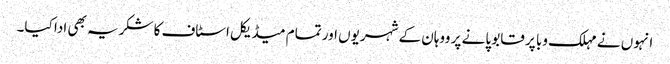
انہوں نے مہلک وبا پر قابو پانے پر ووہان کے شہریوں اور تمام میڈیکل اسٹاف کا شکریہ بھی ادا کیا۔